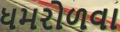
ધમરોળવા